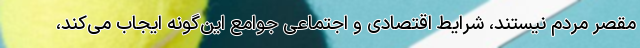
مقصر مردم نیستند، شرایط اقتصادی و اجتماعی جوامع این‌گونه ایجاب می‌کند،